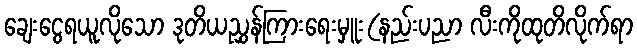
ချေးငွေရယူလိုသော ဒုတိယညွှန်ကြားရေးမှူး(နည်းပညာ လီးကိုထုတိလိုက်ရာ